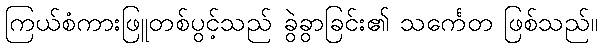
ကြယ်စံကားဖြူတစ်ပွင့်သည် ခွဲခွာခြင်း၏ သင်္ကေတ ဖြစ်သည်။